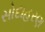
સોદાહરણ